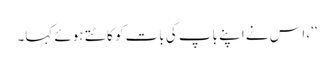
‘‘، اس نے اپنے باپ کی بات کو کاٹتے ہوئے کہا۔